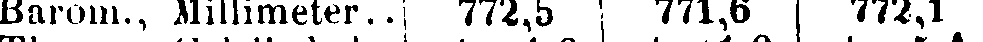
Barom., Millimeter..| 772, b | 771,6 | 772,1